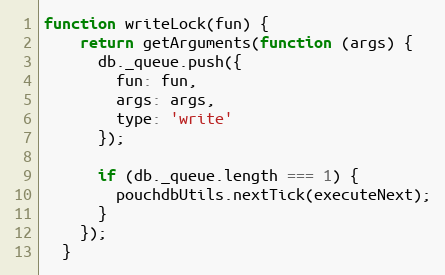
Language: JavaScript
function writeLock(fun) {
    return getArguments(function (args) {
      db._queue.push({
        fun: fun,
        args: args,
        type: 'write'
      });

      if (db._queue.length === 1) {
        pouchdbUtils.nextTick(executeNext);
      }
    });
  }